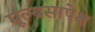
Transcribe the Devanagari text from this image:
मूल्यसापेक्ष